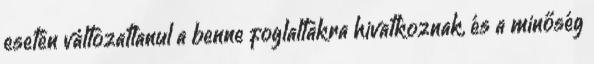
esetén változatlanul a benne foglaltakra hivatkoznak, és a minőség